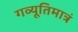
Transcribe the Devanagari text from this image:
गव्यूतिमात्रं